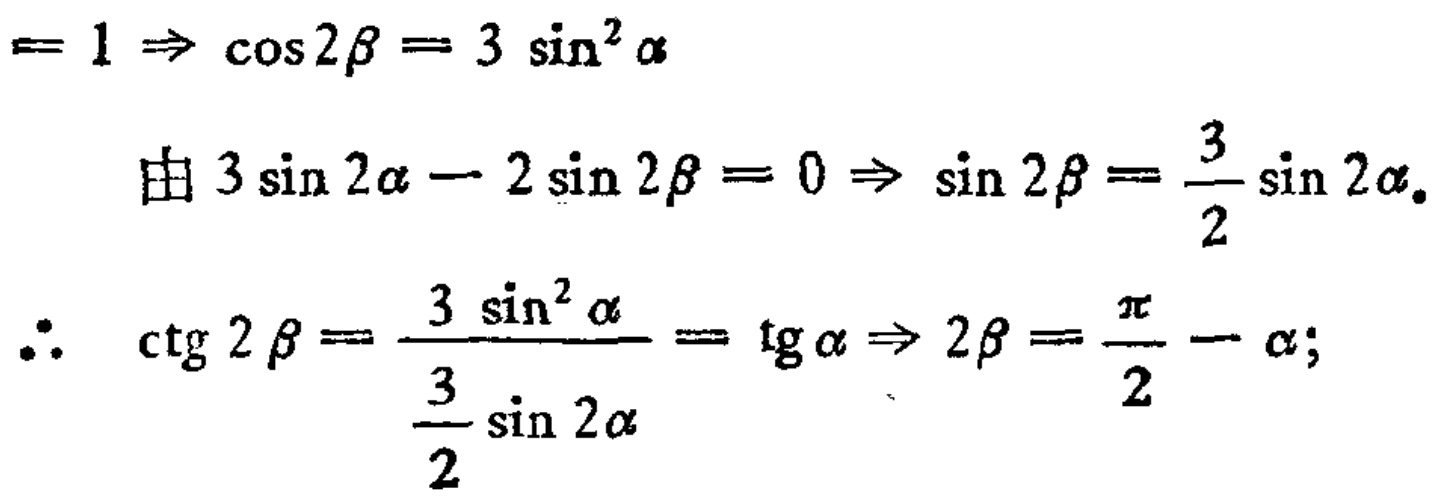
\[

\begin{align*}

&= 1\Rightarrow\cos 2\beta = 3\sin^{2}\alpha\\

&\text{由 }3\sin 2\alpha - 2\sin 2\beta = 0\Rightarrow\sin 2\beta=\frac{3}{2}\sin 2\alpha\\

&\therefore\cot 2\beta=\frac{3\sin^{2}\alpha}{\frac{3}{2}\sin 2\alpha}=\tan\alpha\Rightarrow 2\beta=\frac{\pi}{2}-\alpha;

\end{align*}

\]